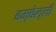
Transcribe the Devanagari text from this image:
बम्बेल्ली